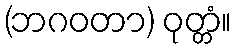
(ဘဂဝတာ) ဝုတ္တံ။